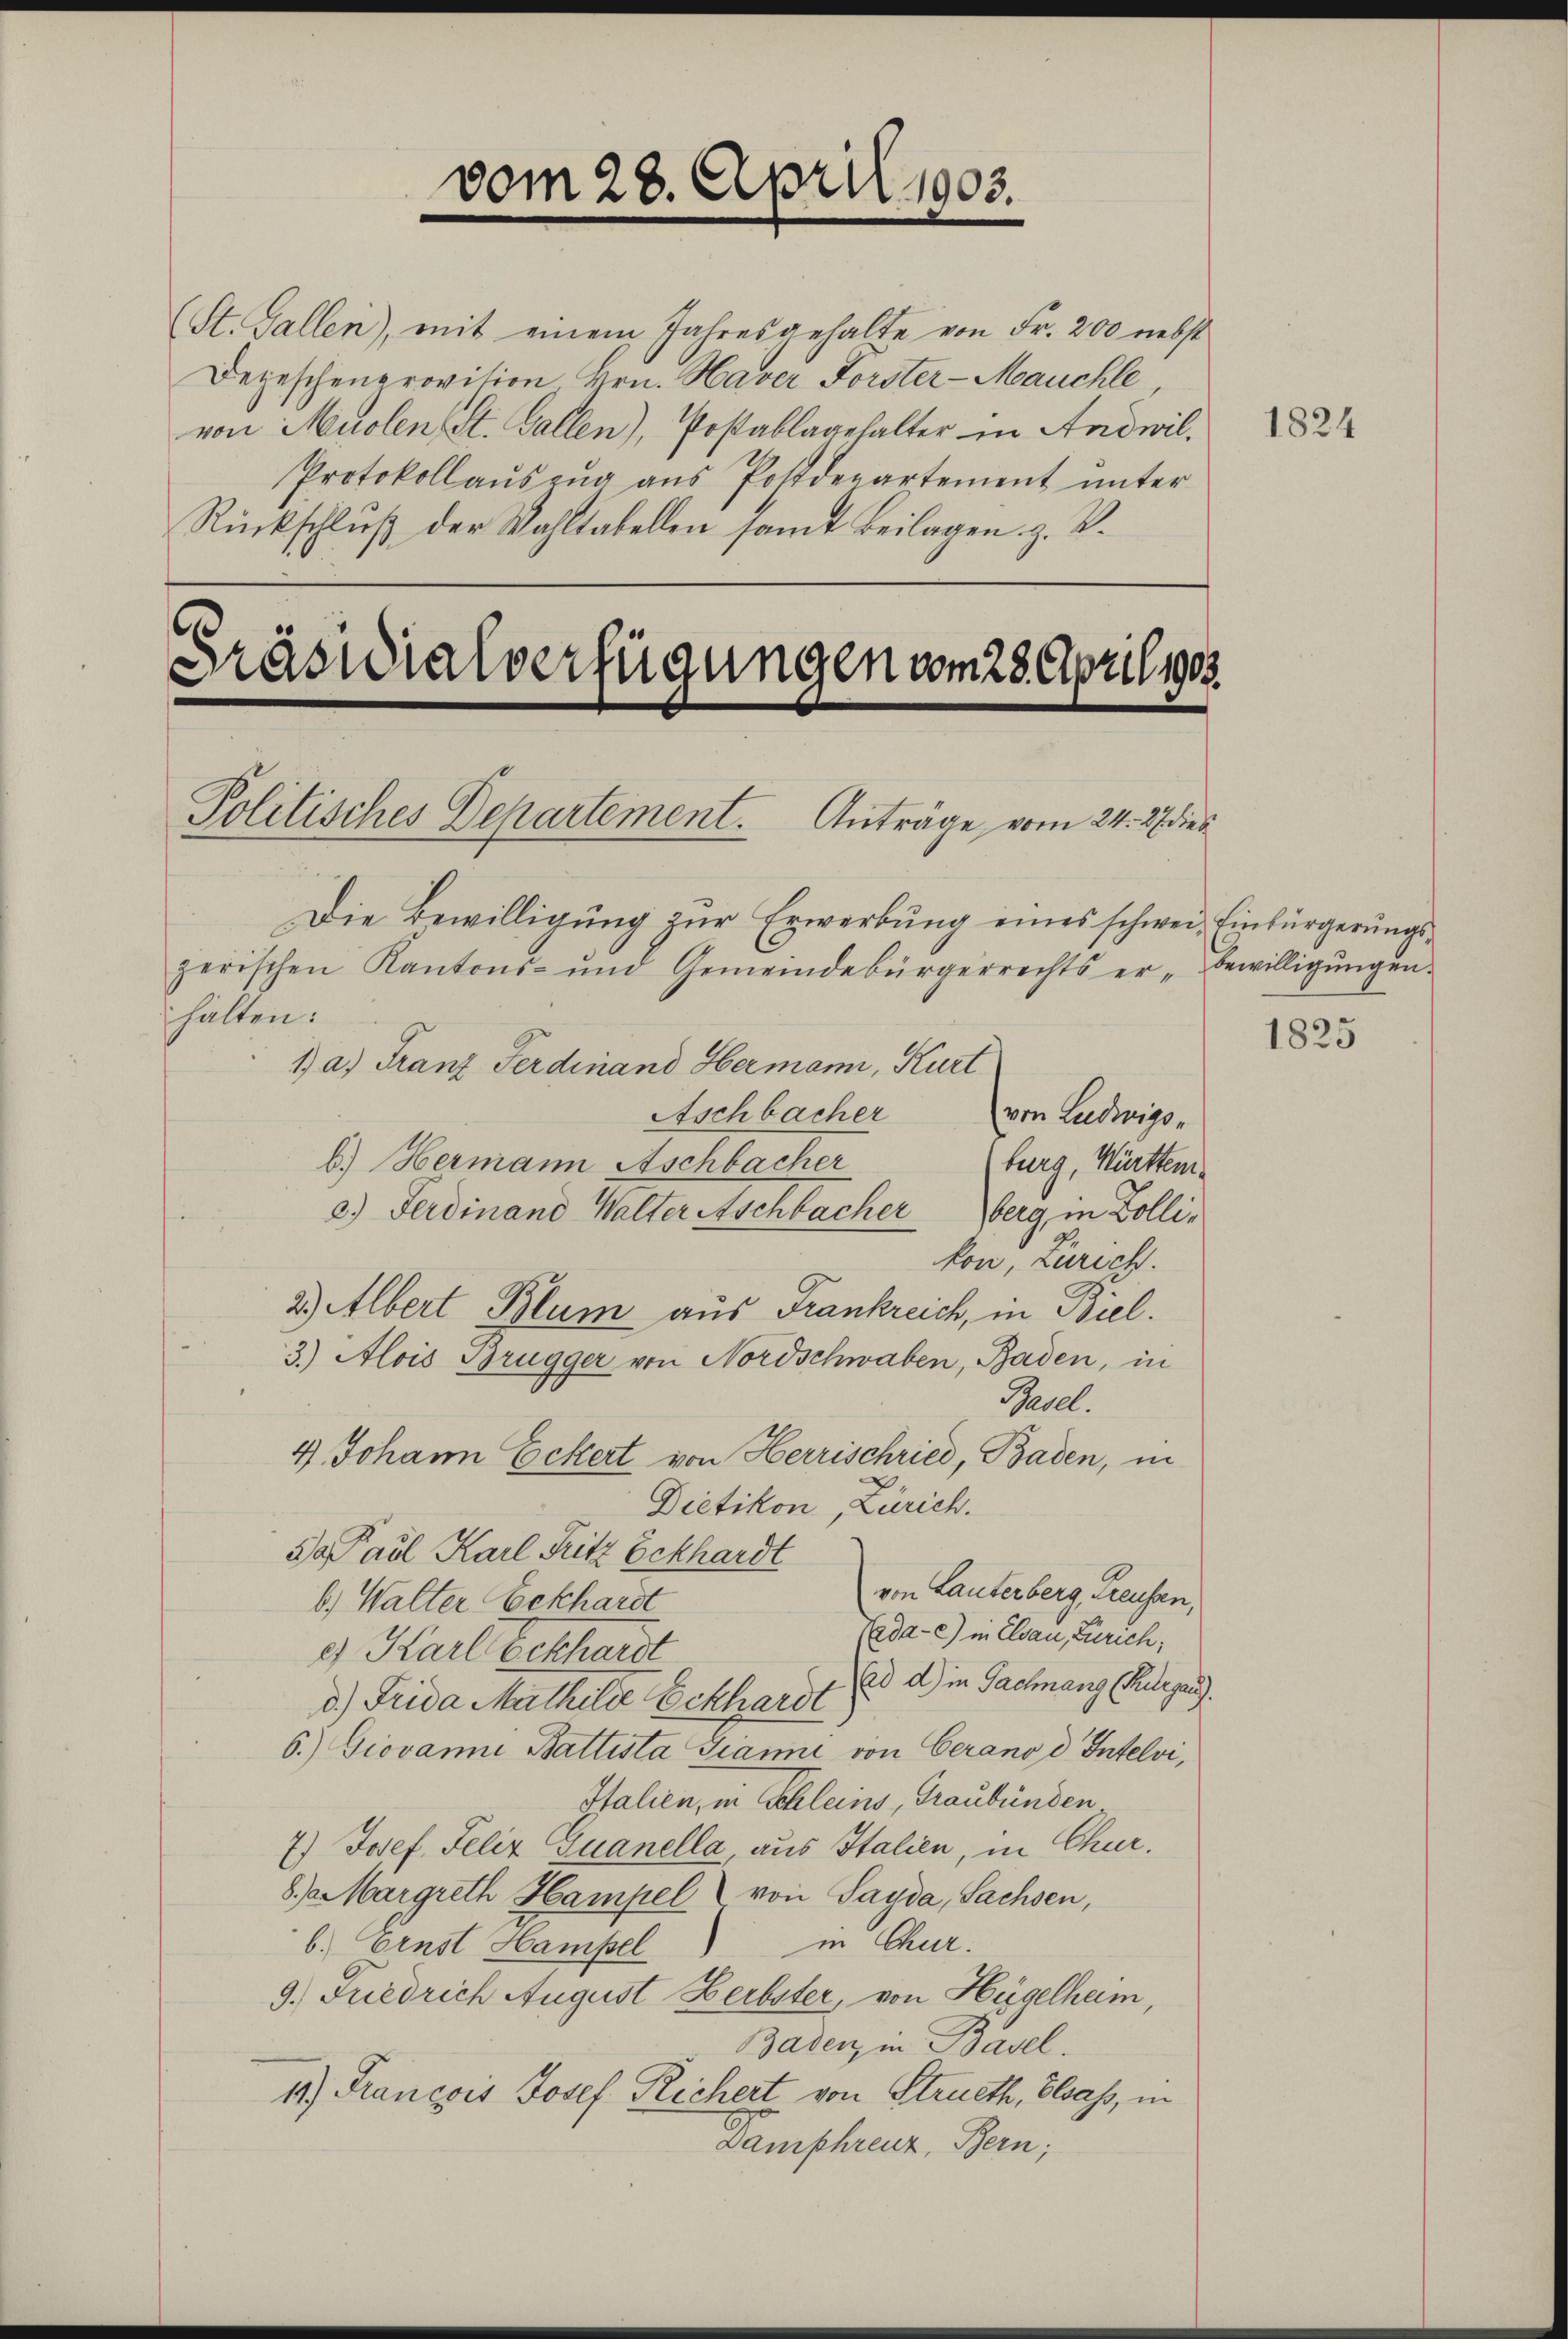
(St. Gallen), mit einem Jahresgehalte von Fr. 200 nebst
Depeschenprovition Hrn. Haver Forster-Mauchle
von Muolen St. Gallen), Postablagehalter in Andwil¬
Protokollaŭszŭg aŭs Postdepartement ŭnter
Rückschluß der Wahltabellen samt Beilagen z. B.

vom 28. April 1903.

s
Präsidialverfügungen vom 28. April 1903.
Politisches Departement. Anträge vom 24. 27 dies

Die Bewilligung zur Erwerbung eines schwei- Einbürgerungszerischen Kantons- und Gemeindebürgerrechts er bewilligŭngen.
halten:
1) a) Franz Ferdinand Hermann, Kurt
Aschbacher
(von Luduigs-
b.) Hermann Aschbacher
burg, Württem¬
3.) Ferdinand Walter Aschbacherberg in Zolli-
kon, Zürich.
2.) Albert Blum aus Frankreich, in Biel.
3.) Alois Brügger von Nordschwaben, Baden, in
Basel.
4 Johann Eckert von Herrischried, Baden, in
Dietikon, Zürich.
Da Paul Karl Fritz Eckhardt
von Lauterberg, Treusen,
6.) Walter Eckhardt
ada-e) in Elsau, Zürich,
) Karl bekhardt
Ad d) in Gachnang (Thurgau.
d.) Frida Mathilie Eckhardt
6.) Giovanni Battista Gianni von Cerano d Intelvi,
Italien, in Schleins, Graubünden¬
7.) Josef. Felix Quanella, aus Italien, in Chur¬
8.) Margreth Hampel von Sayda, Sachsen,
in Chur.
6.) Ernst Hampel
9. Fuedrich August Herbster, von Hügelheim,
Baden, in Basel.
11) François Josef Richert von Strueth, Elsass, in
Lamphreuz, Bern;

1824

1825